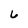
Character: 6